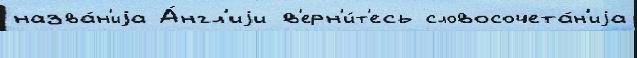
назва́н'иjа А́нгл'иjи в'ерн'и́т'есь словосочета́н'иjа